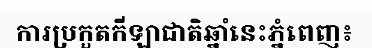
ការប្រកួតកីឡាជាតិឆ្នាំនេះភ្នំពេញ៖